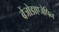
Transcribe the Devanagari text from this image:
बेंजोडाएजेपिन